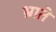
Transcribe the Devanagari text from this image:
भ्राते